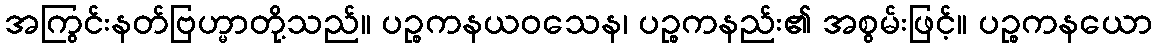
အကြွင်းနတ်ဗြဟ္မာတို့သည်။ ပဉ္စကနယဝသေန၊ ပဉ္စကနည်း၏ အစွမ်းဖြင့်။ ပဉ္စကနယော